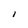
Character: I